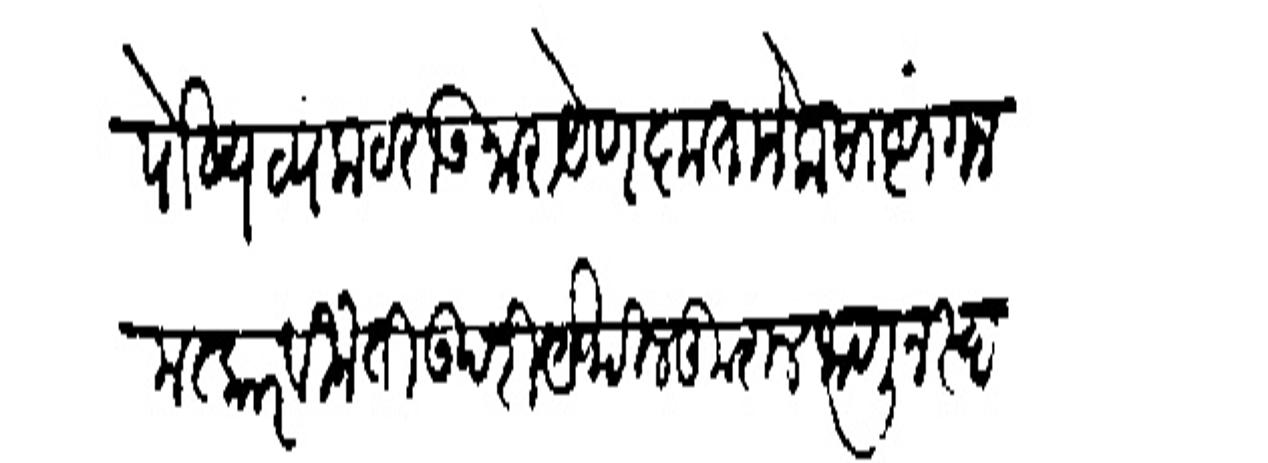
Transliteration (Devanagari): पोष्य थ्यंकटराऊ नारायेण कृतानेक साष्टांग नमस्कार विनंती उपरि येथील कुशल जाणून स्वानंद